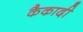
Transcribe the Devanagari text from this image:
कैकादी